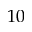
1 0